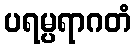
ပရမ္ပရာဂတံ